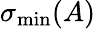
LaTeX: \sigma_{\mathrm{min}}(A)